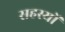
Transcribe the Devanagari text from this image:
सहस्यों